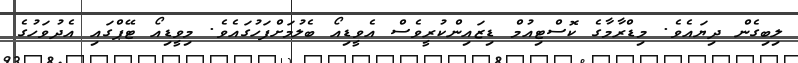
ލިބިގެން ދިޔައެވެ. މިޑްރާމާގެ ކޮސްޓިއުމް ޑިޒައިންކުރީވެސް އެވީޑިއޯ ބެލުމަށްފަހުގައެވެ. މިވީޑިއޯ ޓޭޕްގައި އެދުވަހުގެ